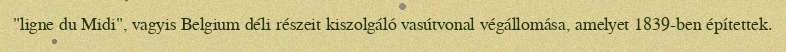
"ligne du Midi", vagyis Belgium déli részeit kiszolgáló vasútvonal végállomása, amelyet 1839-ben építettek.